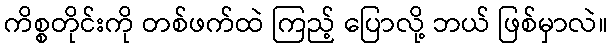
ကိစ္စတိုင်းကို တစ်ဖက်ထဲ ကြည့် ပြောလို့ ဘယ် ဖြစ်မှာလဲ။